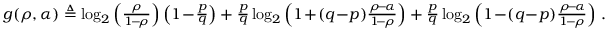
\begin{array} { r } { g ( \rho , \alpha ) \triangleq \log _ { 2 } \left( \frac { \rho } { 1 \! - \! \rho } \right) \left( 1 \! - \! \frac { p } { q } \right) + \frac { p } { q } \log _ { 2 } \left( 1 \! + \! ( q \! - \! p ) \frac { \rho \! - \! \alpha } { 1 \! - \! \rho } \right) + \frac { p } { q } \log _ { 2 } \left( 1 \! - \! ( q \! - \! p ) \frac { \rho \! - \! \alpha } { 1 \! - \! \rho } \right) \, . } \end{array}